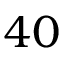
4 0